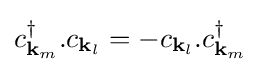
c_{\mathbf {k} _{m}}^{\dagger }.c_{\mathbf {k} _{l}}=-c_{\mathbf {k} _{l}}.c_{\mathbf {k} _{m}}^{\dagger }